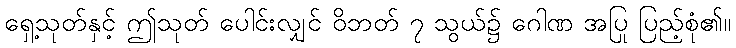
ရှေ့သုတ်နှင့် ဤသုတ် ပေါင်းလျှင် ဝိဘတ် ၇ သွယ်၌ ဂေါဏ အပြု ပြည့်စုံ၏။